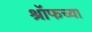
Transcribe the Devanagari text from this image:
श्रॉफच्या